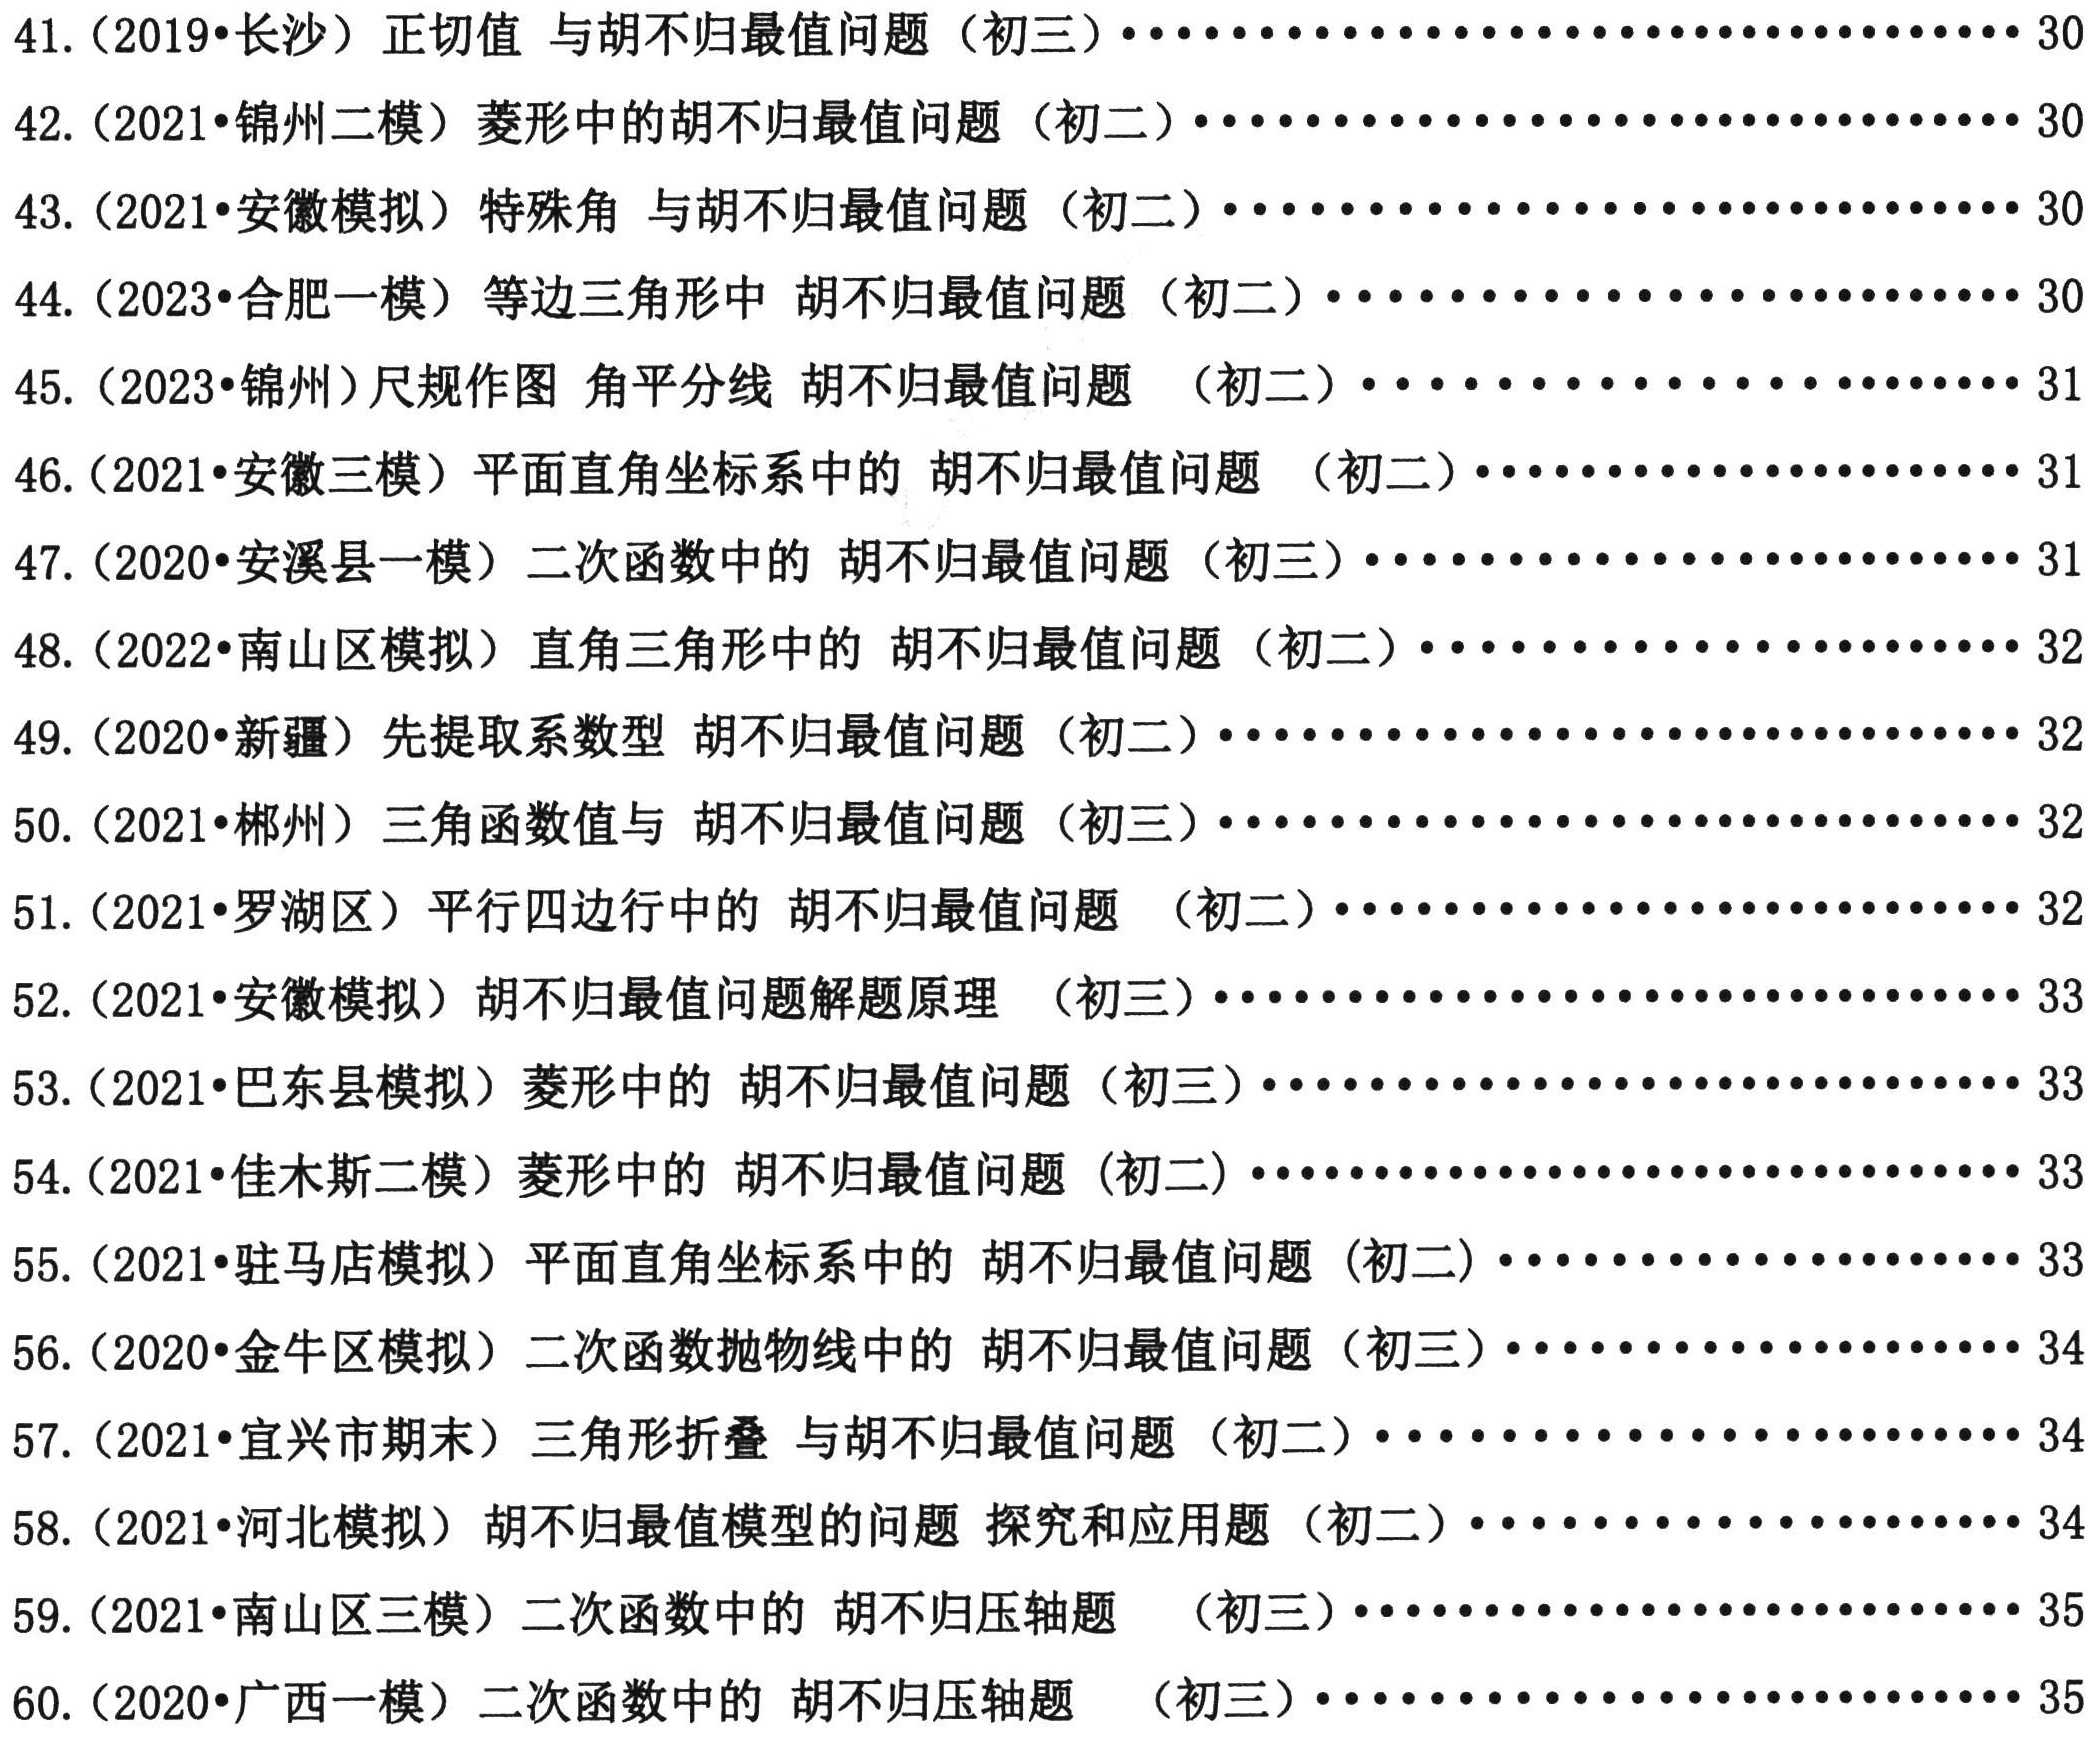
41. (2019•长沙) 正切值 与胡不归最值问题（初三）........................................ 30

42. (2021•锦州二模) 菱形中的胡不归最值问题（初二）........................................ 30

43. (2021•安徽模拟) 特殊角 与胡不归最值问题（初二）........................................ 30

44. (2023•合肥一模) 等边三角形中 胡不归最值问题（初二）........................................ 30

45. (2023•锦州) 尺规作图 角平分线 胡不归最值问题 （初二）........................................ 31

46. (2021•安徽三模) 平面直角坐标系中的 胡不归最值问题 （初二）........................................ 31

47. (2020•安溪县一模) 二次函数中的 胡不归最值问题 （初三）........................................ 31

48. (2022•南山区模拟) 直角三角形中的 胡不归最值问题 （初二）........................................ 32

49. (2020•新疆) 先提取系数型 胡不归最值问题 （初二）........................................ 32

50. (2021•郴州) 三角函数值与 胡不归最值问题 （初三）........................................ 32

51. (2021•罗湖区) 平行四边行中的 胡不归最值问题 （初二）........................................ 32

52. (2021•安徽模拟) 胡不归最值问题解题原理 （初三）........................................ 33

53. (2021•巴东县模拟) 菱形中的 胡不归最值问题 （初三）........................................ 33

54. (2021•佳木斯二模) 菱形中的 胡不归最值问题 (初二）........................................ 33

55. (2021•驻马店模拟) 平面直角坐标系中的 胡不归最值问题 (初二）........................................ 33

56. (2020•金牛区模拟) 二次函数折抛物线中的 胡不归最值问题 （初三）........................................ 34

57. (2021•宜兴市期末) 三角形折叠 与胡不归最值问题 （初二）........................................ 34

58. (2021•河北模拟) 胡不归最值模型的问题 探究和应用题 （初二）........................................ 34

59. (2021•南山区三模) 二次函数中的 胡不归压轴题 （初三）........................................ 35

60. (2020•广西一模) 二次函数中的 胡不归压轴题 （初三）........................................ 35